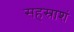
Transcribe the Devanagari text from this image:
सहस्राशं